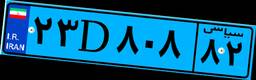
۹۹D۸۴۷۱۵